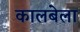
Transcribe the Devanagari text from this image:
कालबेला